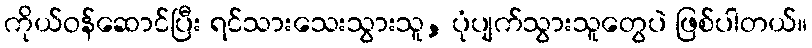
ကိုယ်ဝန်ဆောင်ပြီး ရင်သားသေးသွားသူ, ပုံပျက်သွားသူတွေပဲ ဖြစ်ပါတယ်။